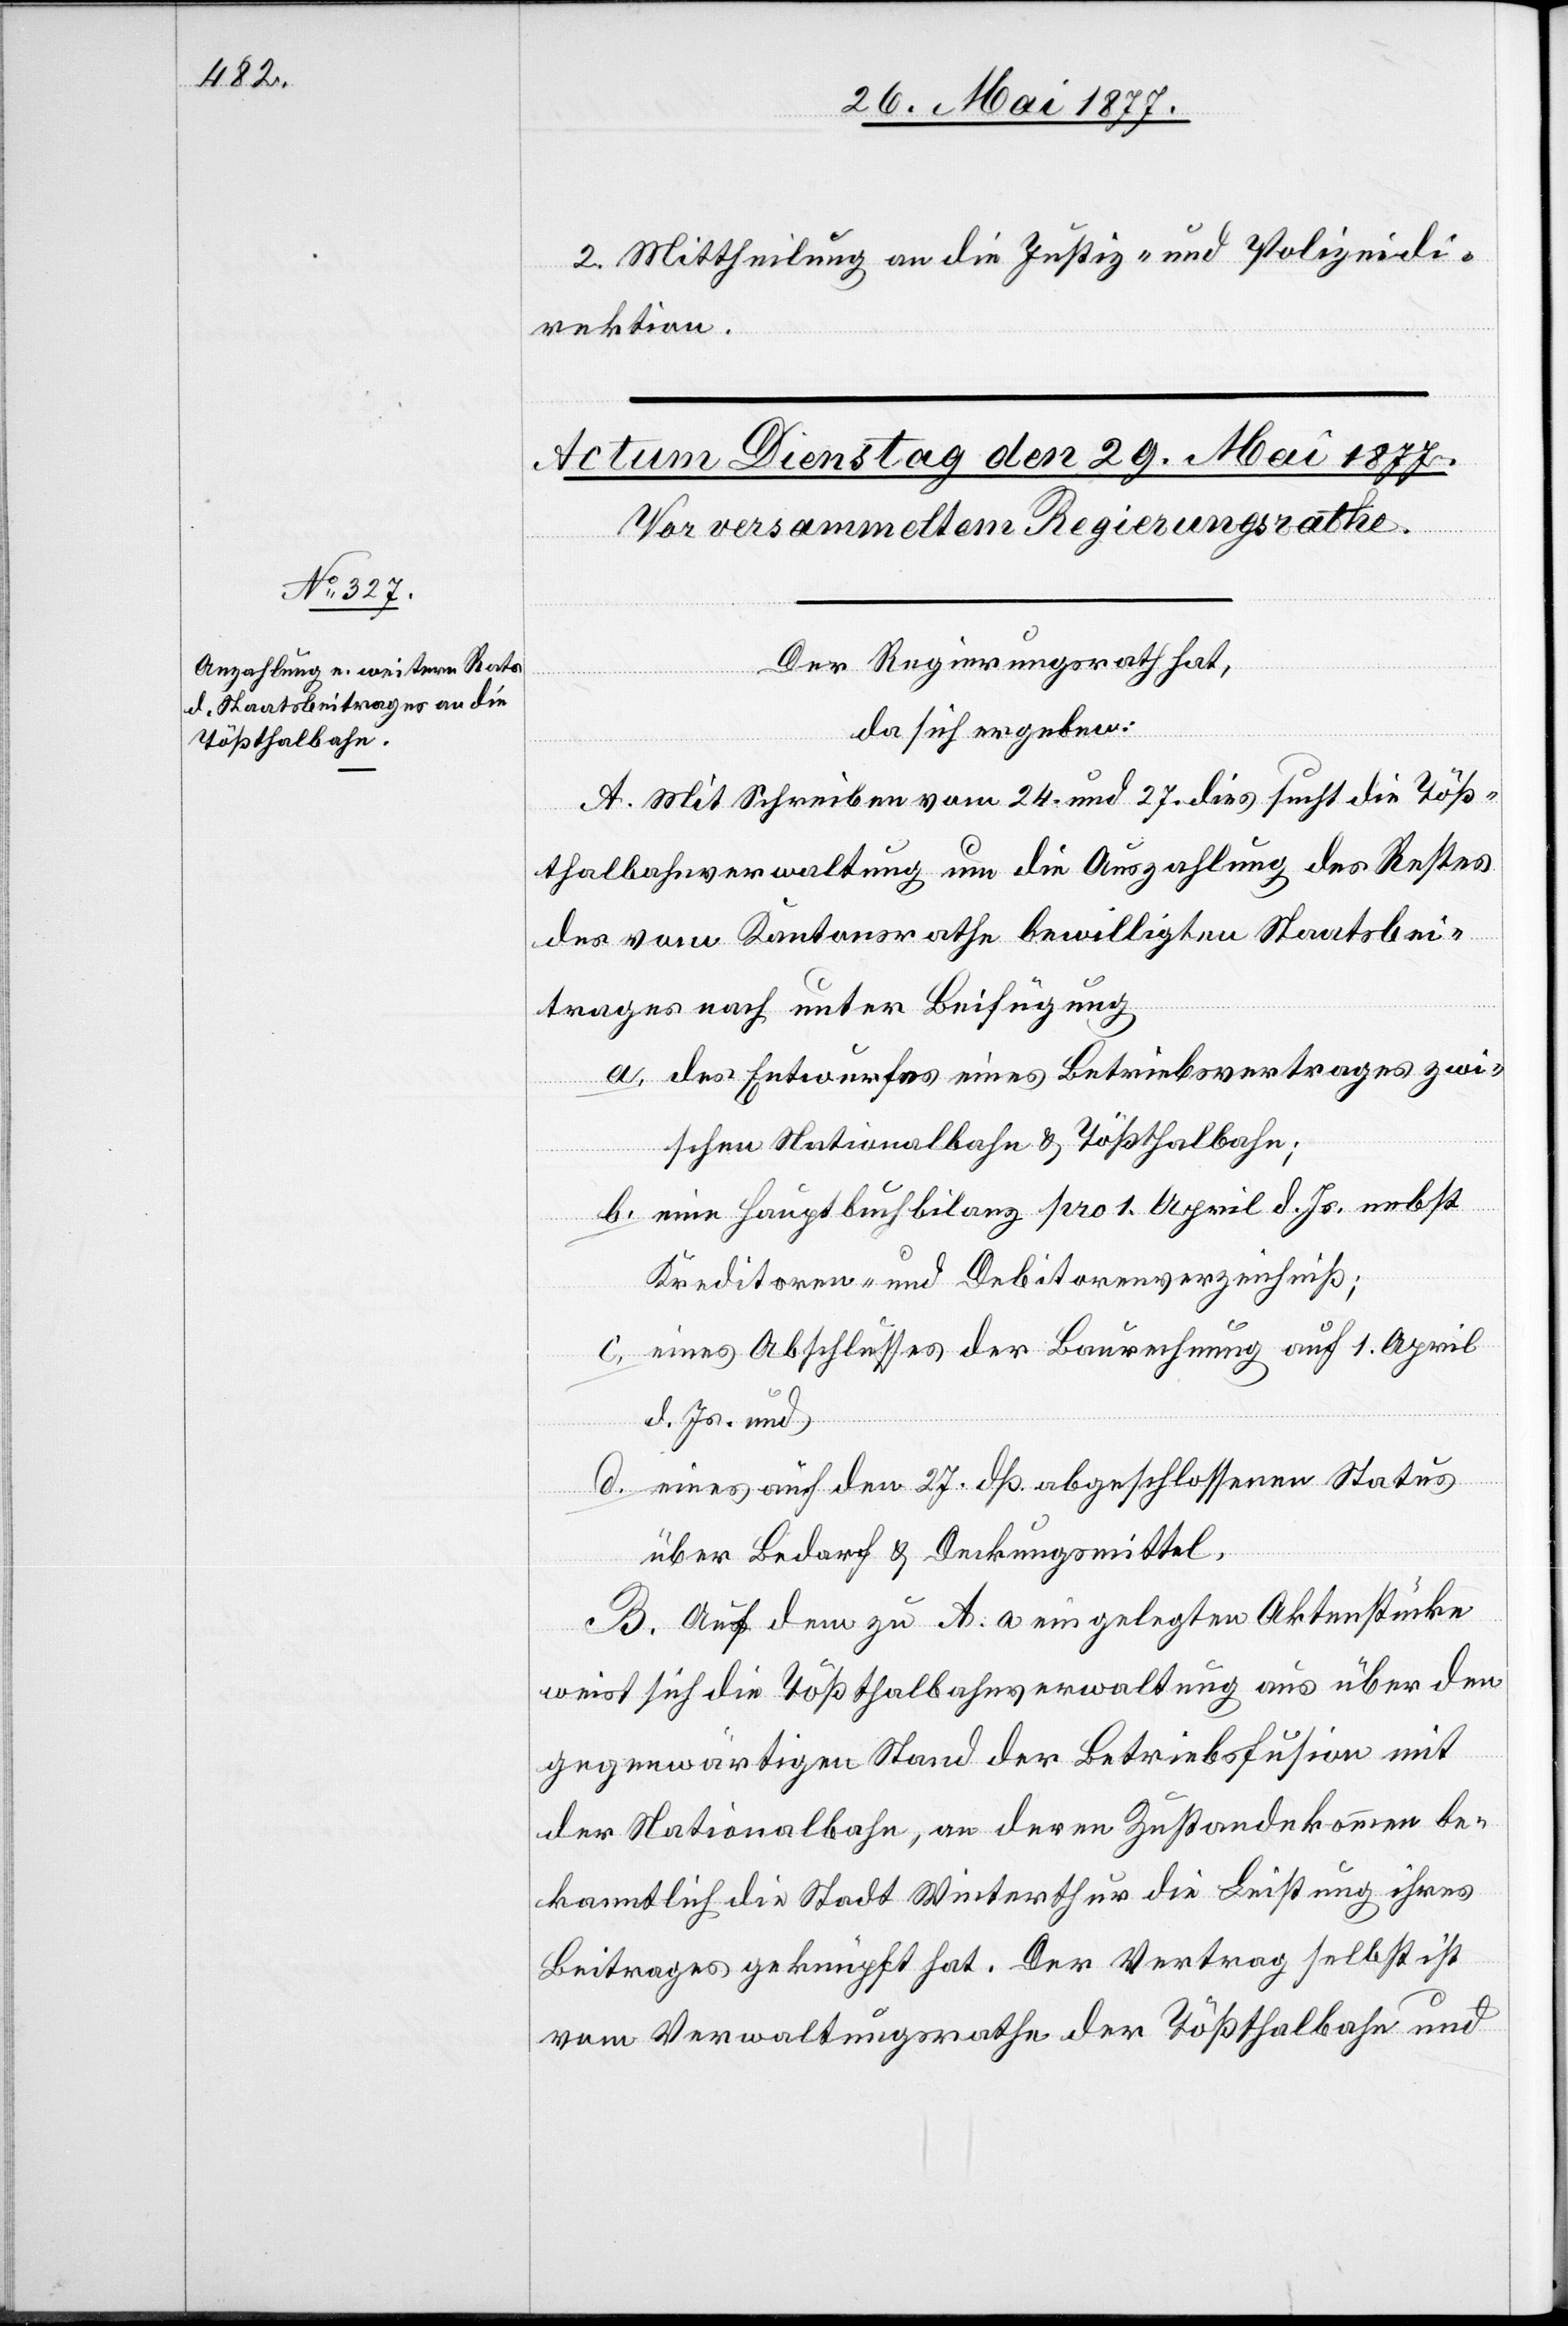
2. Mittheilung an die Justiz- und Polizeidi¬
rektion.
Der Regierungsrath hat,
da sich ergeben:
A. Mit Schreiben vom 24. und 27. dies sucht die Töß¬
thalbahnverwaltung um die Auszahlung des Restes
des vom Kantonsrathe bewilligten Staatsbei¬
trages nach unter Beifügung
a. des Entwurfes eines Betriebsvertrages zwi¬
schen Nationalbahn & Tößthalbahn;
b. eine[r] Hauptbuchbilanz pro 1. April d. Js. nebst
Kreditoren- und Debitorenverzeichniß;
c. eines Abschlusses der Baurechnung auf 1. April
d. Js. und
d. eines auf den 27. dß. abgeschlossenen Status
über Bedarf & Deckungsmittel.
B. Auf dem zu A. a eingelegten Aktenstücke
weist sich die Tößthalbahnverwaltung aus über den
gegenwärtigen Stand der Betriebsfusion mit
der Nationalbahn, an deren Zustandekommen be¬
kanntlich die Stadt Winterthur die Leistung ihres
Beitrages geknüpft hat. Der Vertrag selbst ist
vom Verwaltungsrathe der Tößthalbahn und